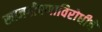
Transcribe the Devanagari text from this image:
खाजगीपणाविरोधीचे